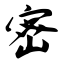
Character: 密